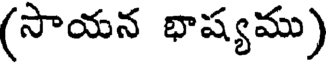
(సాయన భాష్యము)